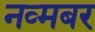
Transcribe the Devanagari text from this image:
नव्मबर